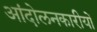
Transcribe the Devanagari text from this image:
आंदोलनकारीयों